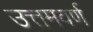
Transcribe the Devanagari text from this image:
उत्तमवर्ण